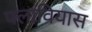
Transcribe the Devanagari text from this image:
फ्लावियास